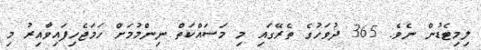
ލިމިޓެޑުން ނެވެ. 365 ދުވަހުގެ ތެރޭގައި މި މަސައްކަތް ނިންމުމަށް ހަމަޖެހިފައިވާއިރު މި